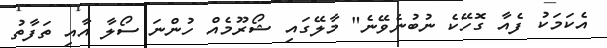
އެކަމަކު ފެއާ ގޮހޭކެ ނުބުނެވޭނެ" މާލޭގައި ޝޯރޫމެއް ހުންނަ ސޯލާ އާއި ތަފާތު